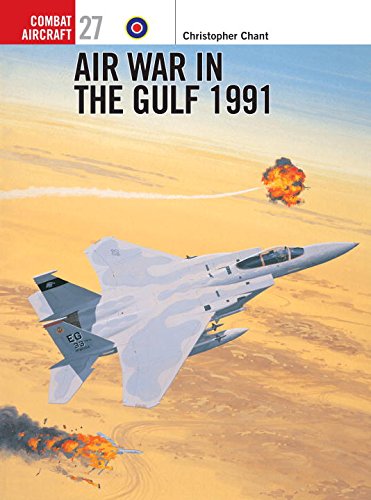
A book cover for Air War in the Gulf 1991(Osprey Combat Aircraft 27); Chris Chant; History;